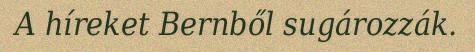
A híreket Bernből sugározzák.